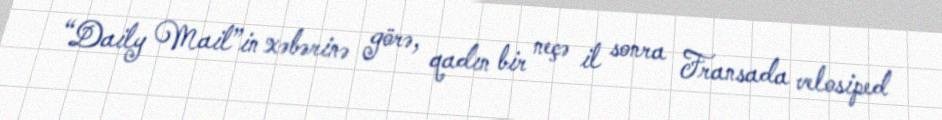
“Daily Mail”in xəbərinə görə, qadın bir neçə il sonra Fransada velosiped